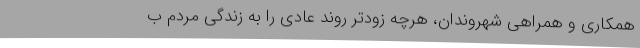
همکاری و همراهی شهروندان، هرچه زودتر روند عادی را به زندگی مردم ب